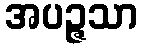
အပဉ္ဇသာ